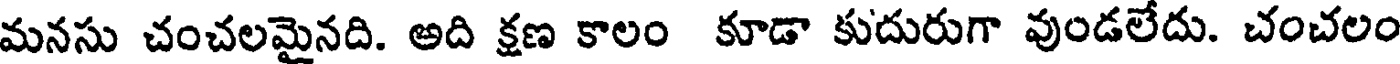
మనసు చంచలమైనది. అది క్షణ కాలం కూడా కుదురుగా వుండలేదు. చంచలం